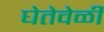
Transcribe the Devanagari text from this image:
घेतेवेळी